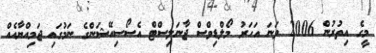
މީގެ އިތުރުން 2006 ވަނަ އަހަރު މޯލްޑިވްސް ޖާނަލިސްޓް އެސޯސިއޭޝަންގެ ނަމުގައި ޖަމިއްޔާއެއް